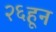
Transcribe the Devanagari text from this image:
२६हून